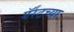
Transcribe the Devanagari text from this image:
गॅर्रटच्या